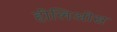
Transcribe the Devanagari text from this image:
हीलिओस